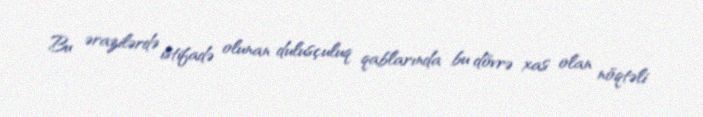
Bu ərazilərdə istifadə olunan dulusçuluq qablarında bu dövrə xas olan nöqtəli